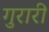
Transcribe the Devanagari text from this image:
गुरारी